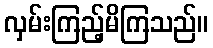
လှမ်းကြည့်မိကြသည်။